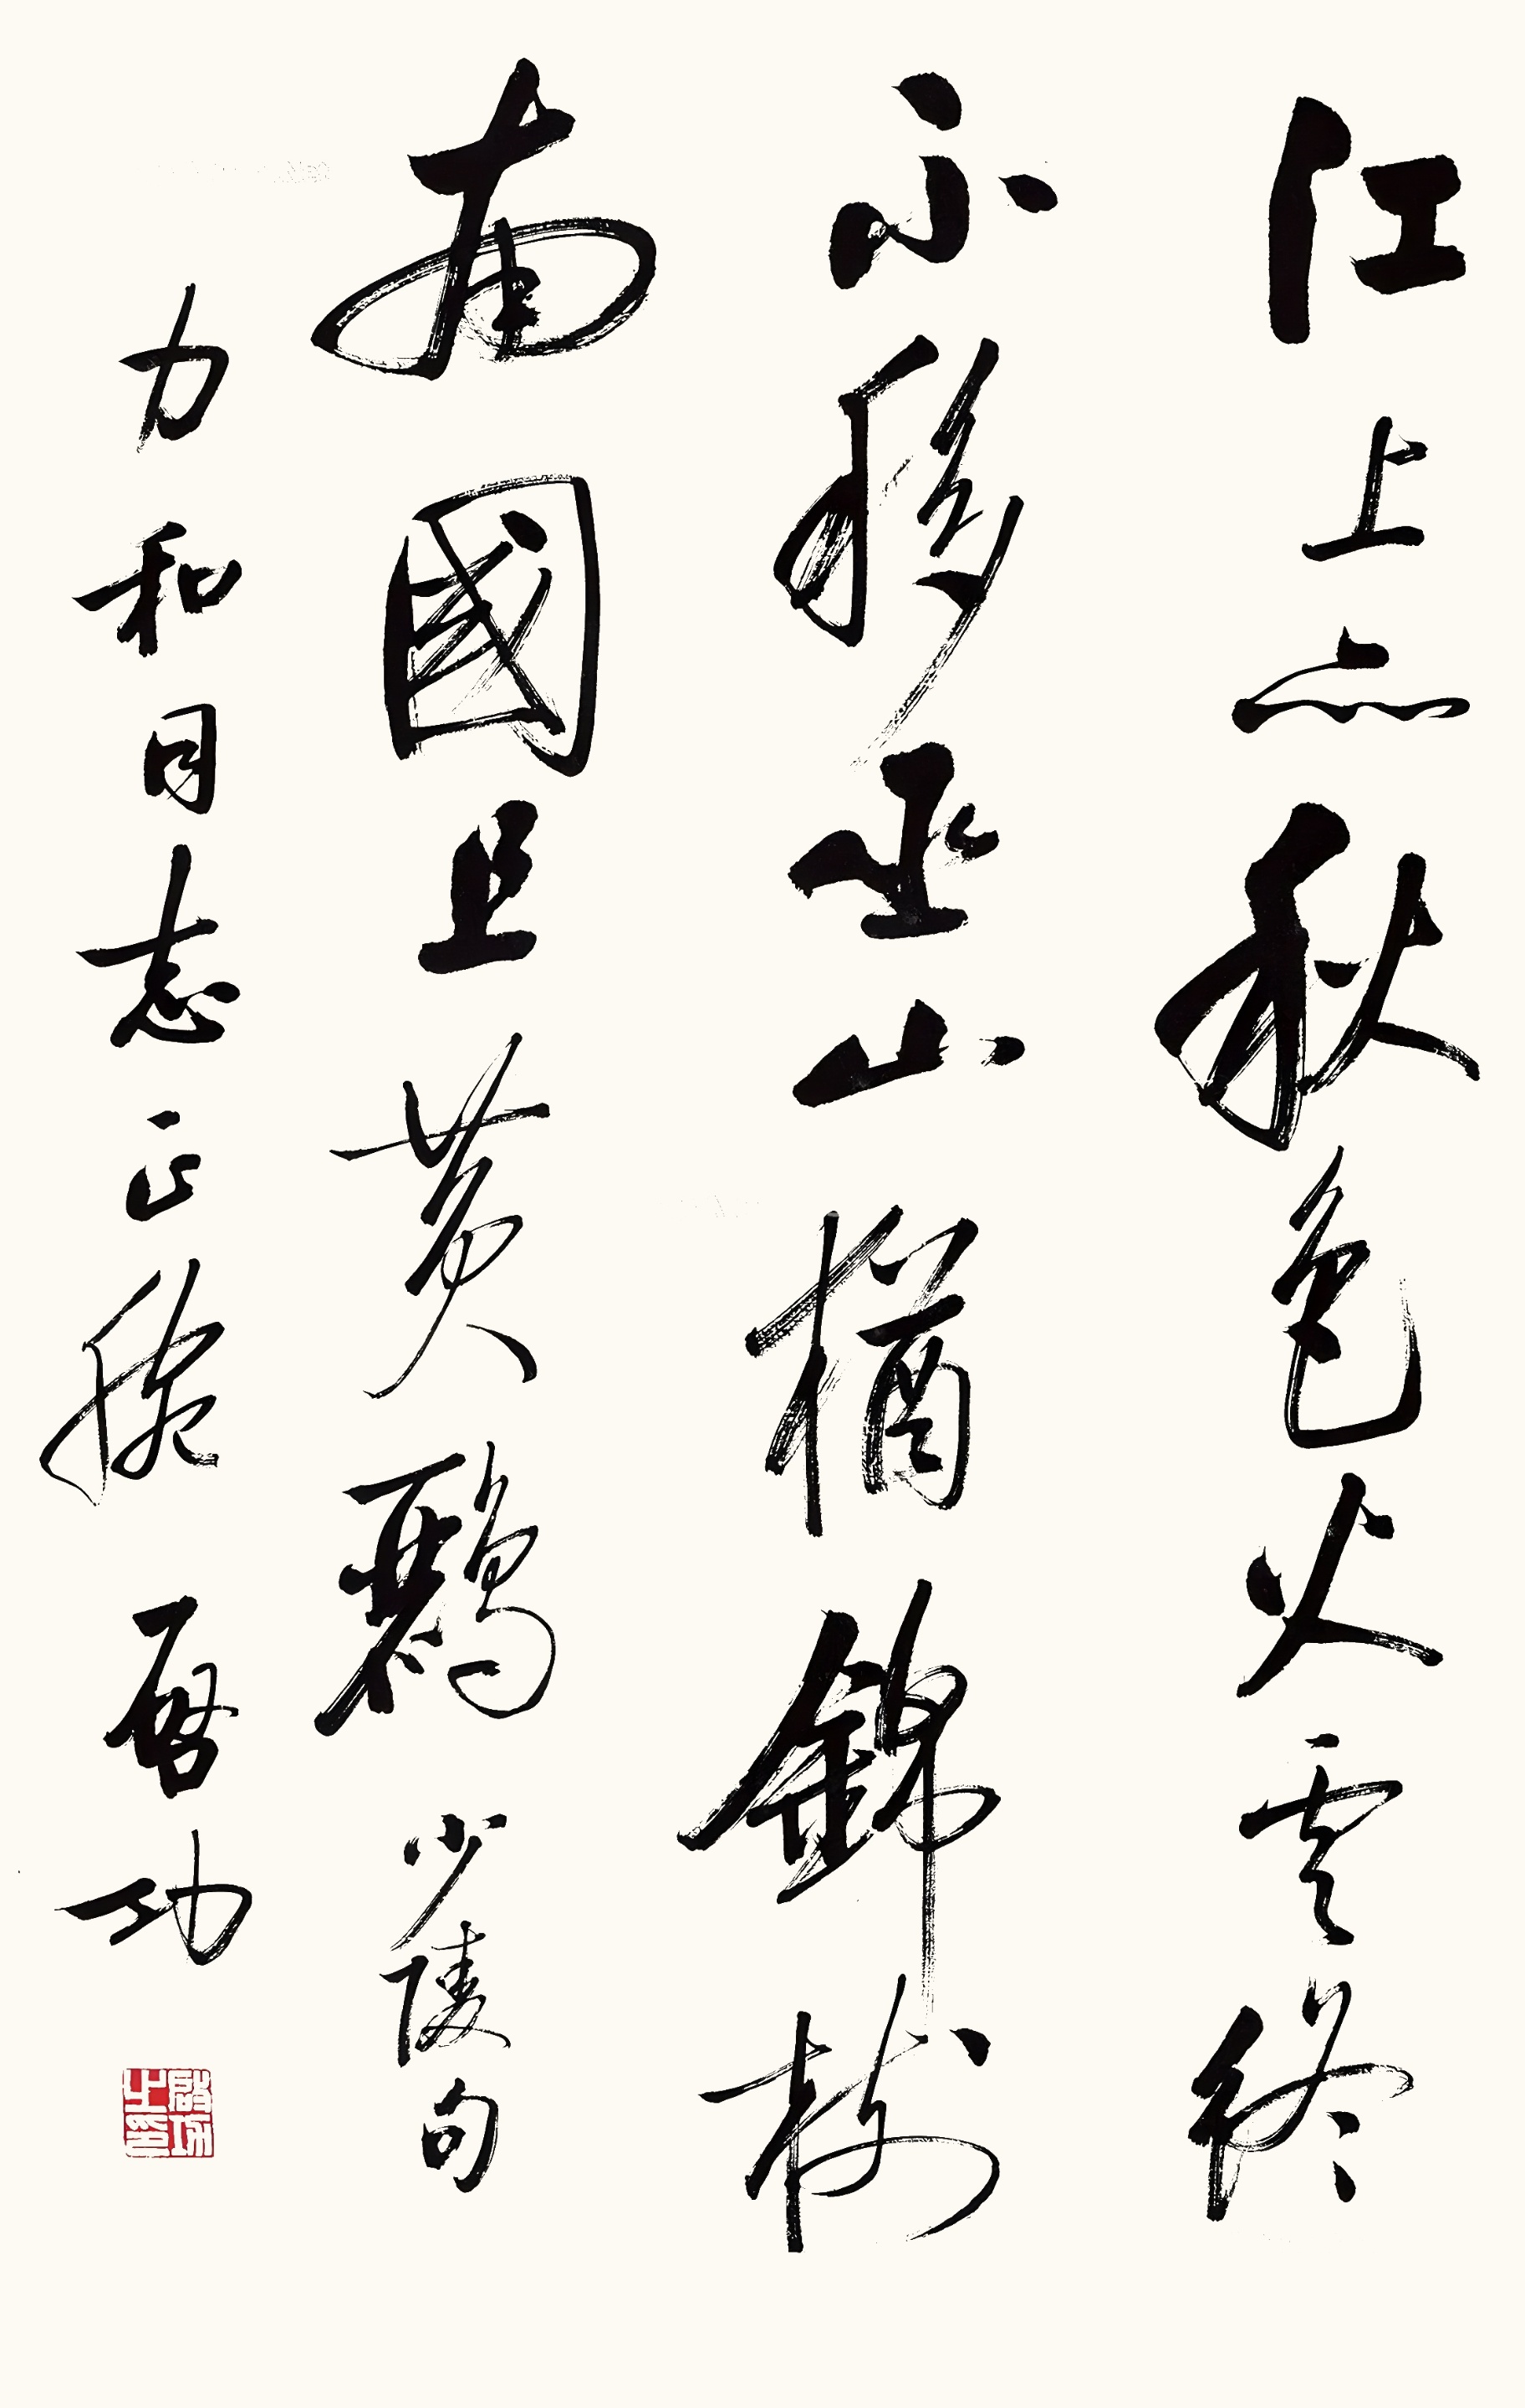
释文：江上亦秋色，火云终不移。巫山犹锦树,南国且黄鹂。少陵句。力和同志正腕，启功。